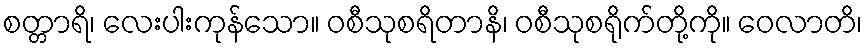
စတ္တာရိ၊ လေးပါးကုန်သော။ ဝစီသုစရိတာနိ၊ ဝစီသုစရိုက်တို့ကို။ ဝေလာတိ၊